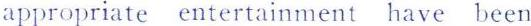
appropriate entertainment have been